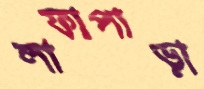
লাফাপাড়া